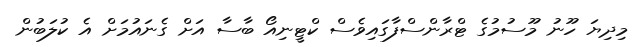
މިދިޔަ ހޫނު މޫސުމުގެ ޓްރާންސްފާގައިވެސް ކްޓީނިއޯ ބާސާ އަށް ގެނައުމަށް އެ ކުލަބުން